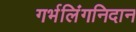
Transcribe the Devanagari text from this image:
गर्भलिंगनिदान